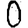
Digit: 0